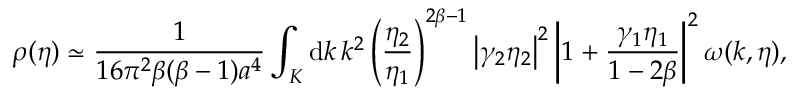
\rho ( \eta ) \simeq \frac { 1 } { 1 6 \pi ^ { 2 } \beta ( \beta - 1 ) a ^ { 4 } } \int _ { \cal K } \mathrm { d } k \, k ^ { 2 } \left( \frac { \eta _ { 2 } } { \eta _ { 1 } } \right) ^ { 2 \beta - 1 } \left| \gamma _ { 2 } \eta _ { 2 } \right| ^ { 2 } \left| 1 + \frac { \gamma _ { 1 } \eta _ { 1 } } { 1 - 2 \beta } \right| ^ { 2 } \omega ( k , \eta ) ,